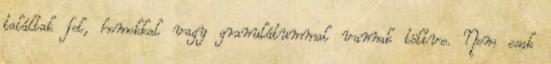
találtak fel, homokkal vagy granulátummal vannak töltve. Nem csak